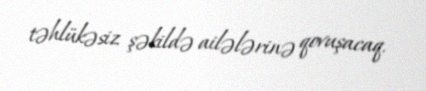
təhlükəsiz şəkildə ailələrinə qovuşacaq.